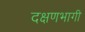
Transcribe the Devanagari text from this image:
दक्षणभागी